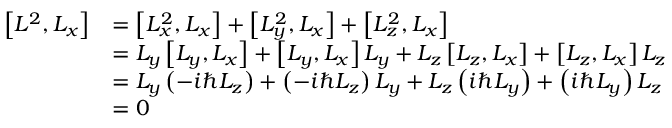
{ \begin{array} { r l } { \left[ L ^ { 2 } , L _ { x } \right] } & { = \left[ L _ { x } ^ { 2 } , L _ { x } \right] + \left[ L _ { y } ^ { 2 } , L _ { x } \right] + \left[ L _ { z } ^ { 2 } , L _ { x } \right] } \\ & { = L _ { y } \left[ L _ { y } , L _ { x } \right] + \left[ L _ { y } , L _ { x } \right] L _ { y } + L _ { z } \left[ L _ { z } , L _ { x } \right] + \left[ L _ { z } , L _ { x } \right] L _ { z } } \\ & { = L _ { y } \left( - i \hbar L _ { z } \right) + \left( - i \hbar L _ { z } \right) L _ { y } + L _ { z } \left( i \hbar L _ { y } \right) + \left( i \hbar L _ { y } \right) L _ { z } } \\ & { = 0 } \end{array} }